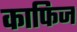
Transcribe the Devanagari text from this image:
काफिज